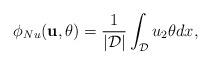
LaTeX: \begin{align*} \phi_{Nu}(\textbf{u},\theta) =\frac{1}{|\mathcal{D}|}\int_{\mathcal{D}}u_2 \theta dx,\end{align*}